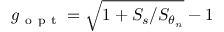
g _ { \mathrm { ~ o ~ p ~ t ~ } } = \sqrt { 1 + S _ { s } / S _ { \theta _ { n } } } - 1